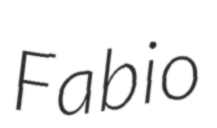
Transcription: Fabio